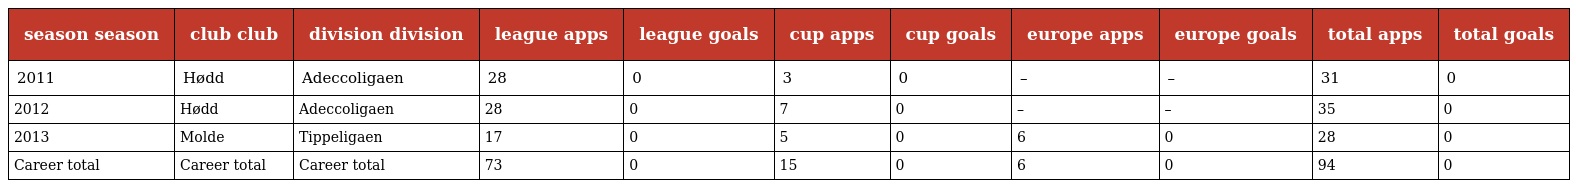
| season season | club club | division division | league apps | league goals | cup apps | cup goals | europe apps | europe goals | total apps | total goals |
 | --- | --- | --- | --- | --- | --- | --- | --- | --- | --- | --- |
 | 2011 | Hødd | Adeccoligaen | 28 | 0 | 3 | 0 | – | – | 31 | 0 |
 | 2012 | Hødd | Adeccoligaen | 28 | 0 | 7 | 0 | – | – | 35 | 0 |
 | 2013 | Molde | Tippeligaen | 17 | 0 | 5 | 0 | 6 | 0 | 28 | 0 |
 | Career total | Career total | Career total | 73 | 0 | 15 | 0 | 6 | 0 | 94 | 0 |